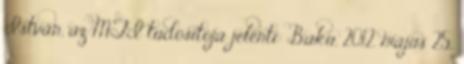
István, az MTI tudósítója jelenti: Baku, 2012. május 25.,